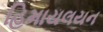
હિમાયલયન